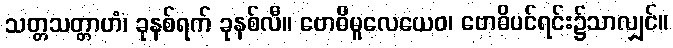
သတ္တသတ္တာဟံ၊ ခုနစ်ရက် ခုနစ်လီ။ ဗောဓိမူလေယေဝ၊ ဗောဓိပင်ရင်း၌သာလျှင်။